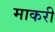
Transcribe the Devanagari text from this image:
माकरी